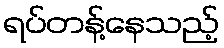
ရပ်တန့်နေသည့်